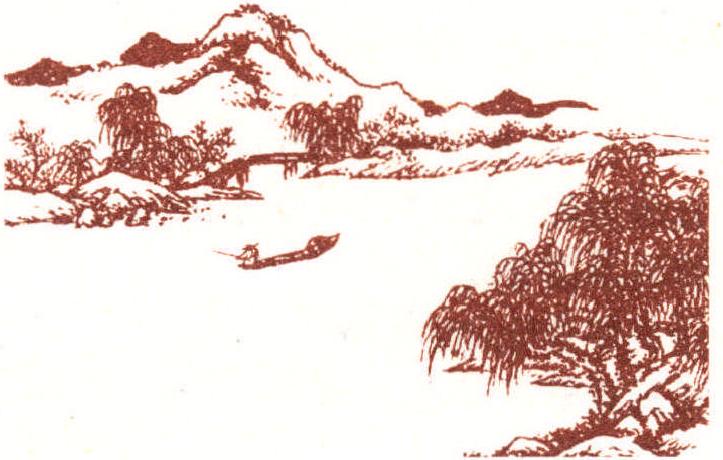
谁向孤舟怜逐客？白云相送大江西。